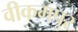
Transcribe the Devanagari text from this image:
वीकमपुर